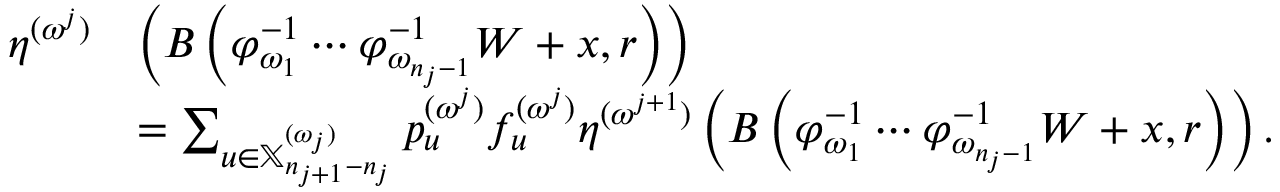
\begin{array} { r l } { \eta ^ { ( \omega ^ { j } ) } } & { \left( B \left( \varphi _ { \omega _ { 1 } } ^ { - 1 } \cdots \varphi _ { \omega _ { n _ { j } - 1 } } ^ { - 1 } W + x , r \right) \right) } \\ & { = \sum _ { u \in \mathbb { X } _ { n _ { j + 1 } - n _ { j } } ^ { ( \omega _ { j } ) } } p _ { u } ^ { ( \omega ^ { j } ) } f _ { u } ^ { ( \omega ^ { j } ) } \eta ^ { ( \omega ^ { j + 1 } ) } \left( B \left( \varphi _ { \omega _ { 1 } } ^ { - 1 } \cdots \varphi _ { \omega _ { n _ { j } - 1 } } ^ { - 1 } W + x , r \right) \right) . } \end{array}